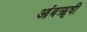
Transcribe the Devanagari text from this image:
आंबॠषी